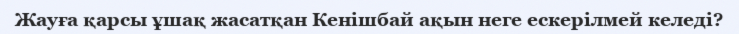
Жауға қарсы ұшақ жасатқан Кенішбай ақын неге ескерілмей келеді?